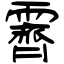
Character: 霽